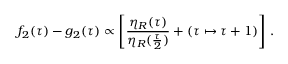
f _ { 2 } ( \tau ) - g _ { 2 } ( \tau ) \propto \left[ { \frac { \eta _ { R } ( \tau ) } { \eta _ { R } ( { \frac { \tau } { 2 } } ) } } + ( \tau \mapsto \tau + 1 ) \right] \, .